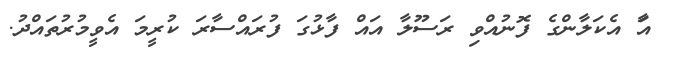
އަާ އެކަލާންގެ ފޮނުއްވި ރަސޫލާ އައް ފާޅުގަ ފުރައްސާރަ ކުރީމަ އެވީމުރުތައްދު.